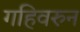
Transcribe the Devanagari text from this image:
गहिवरुन